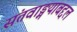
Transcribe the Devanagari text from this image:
संतवाङ्मयाबद्दल